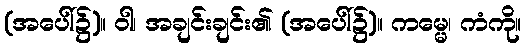
(အပေါ်၌)။ ဝါ၊ အချင်းချင်း၏ (အပေါ်၌)။ ကမ္မေ၊ ကံကို။